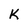
Character: K